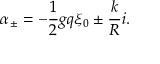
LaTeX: \alpha _ { \pm } = - { \frac { 1 } { 2 } } g q \xi _ { 0 } \pm { \frac { k } { R } } i .